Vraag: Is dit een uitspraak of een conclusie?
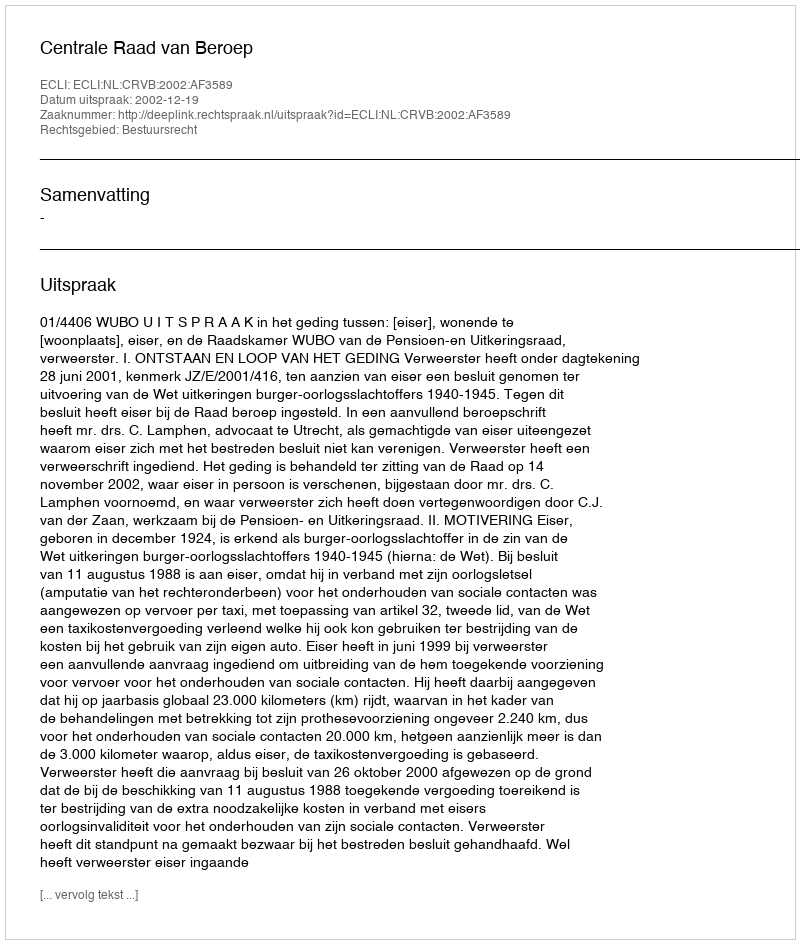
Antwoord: Uitspraak